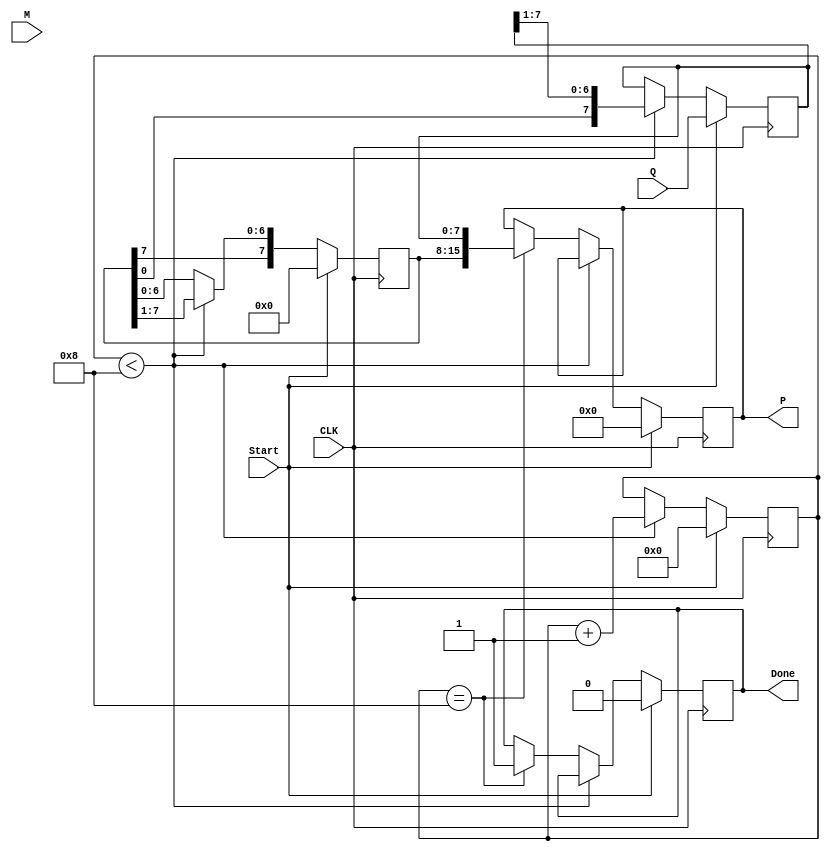
module booth_multiplier #(
    parameter N = 8 // Bit width for multiplicand and multiplier
)(
    input wire [N-1:0] M,      // Multiplicand
    input wire [N-1:0] Q,      // Multiplier
    input wire Start,           // Control signal to start multiplication
    input wire CLK,             // Clock signal
    output reg [2*N-1:0] P,     // Product
    output reg Done             // Ready signal
);

    reg [N-1:0] A;             // A register
    reg [N-1:0] Q_reg;         // Q register
    reg Q_1;                   // Q-1 register
    reg [3:0] count;           // Counter for iterations

    // State machine for Booth's algorithm
    always @(posedge CLK) begin
        if (Start) begin
            // Initialize registers
            A <= 0;
            Q_reg <= Q;
            Q_1 <= 0;
            P <= 0;
            count <= 0;
            Done <= 0;
        end else if (count < N) begin
            case ({Q_reg[0], Q_1})
                2'b00: begin
                    // Do nothing
                end
                2'b01: begin
                    // A = A + M
                    A <= A + M;
                end
                2'b10: begin
                    // A = A - M
                    A <= A - M;
                end
                2'b11: begin
                    // Do nothing
                end
            endcase
            
            // Shift right: A and Q_reg
            {A, Q_reg} <= {A[N-1], A[N-1:N-1], A[N-2:0], Q_reg[N-1:1]}; // Shift A and Q
            Q_1 <= Q_reg[0]; // Update Q-1
            count <= count + 1; // Increment count
        end else if (count == N) begin
            // Final product
            P <= {A, Q_reg}; // Combine A and Q_reg for final product
            Done <= 1; // Indicate multiplication is done
        end
    end
endmodule